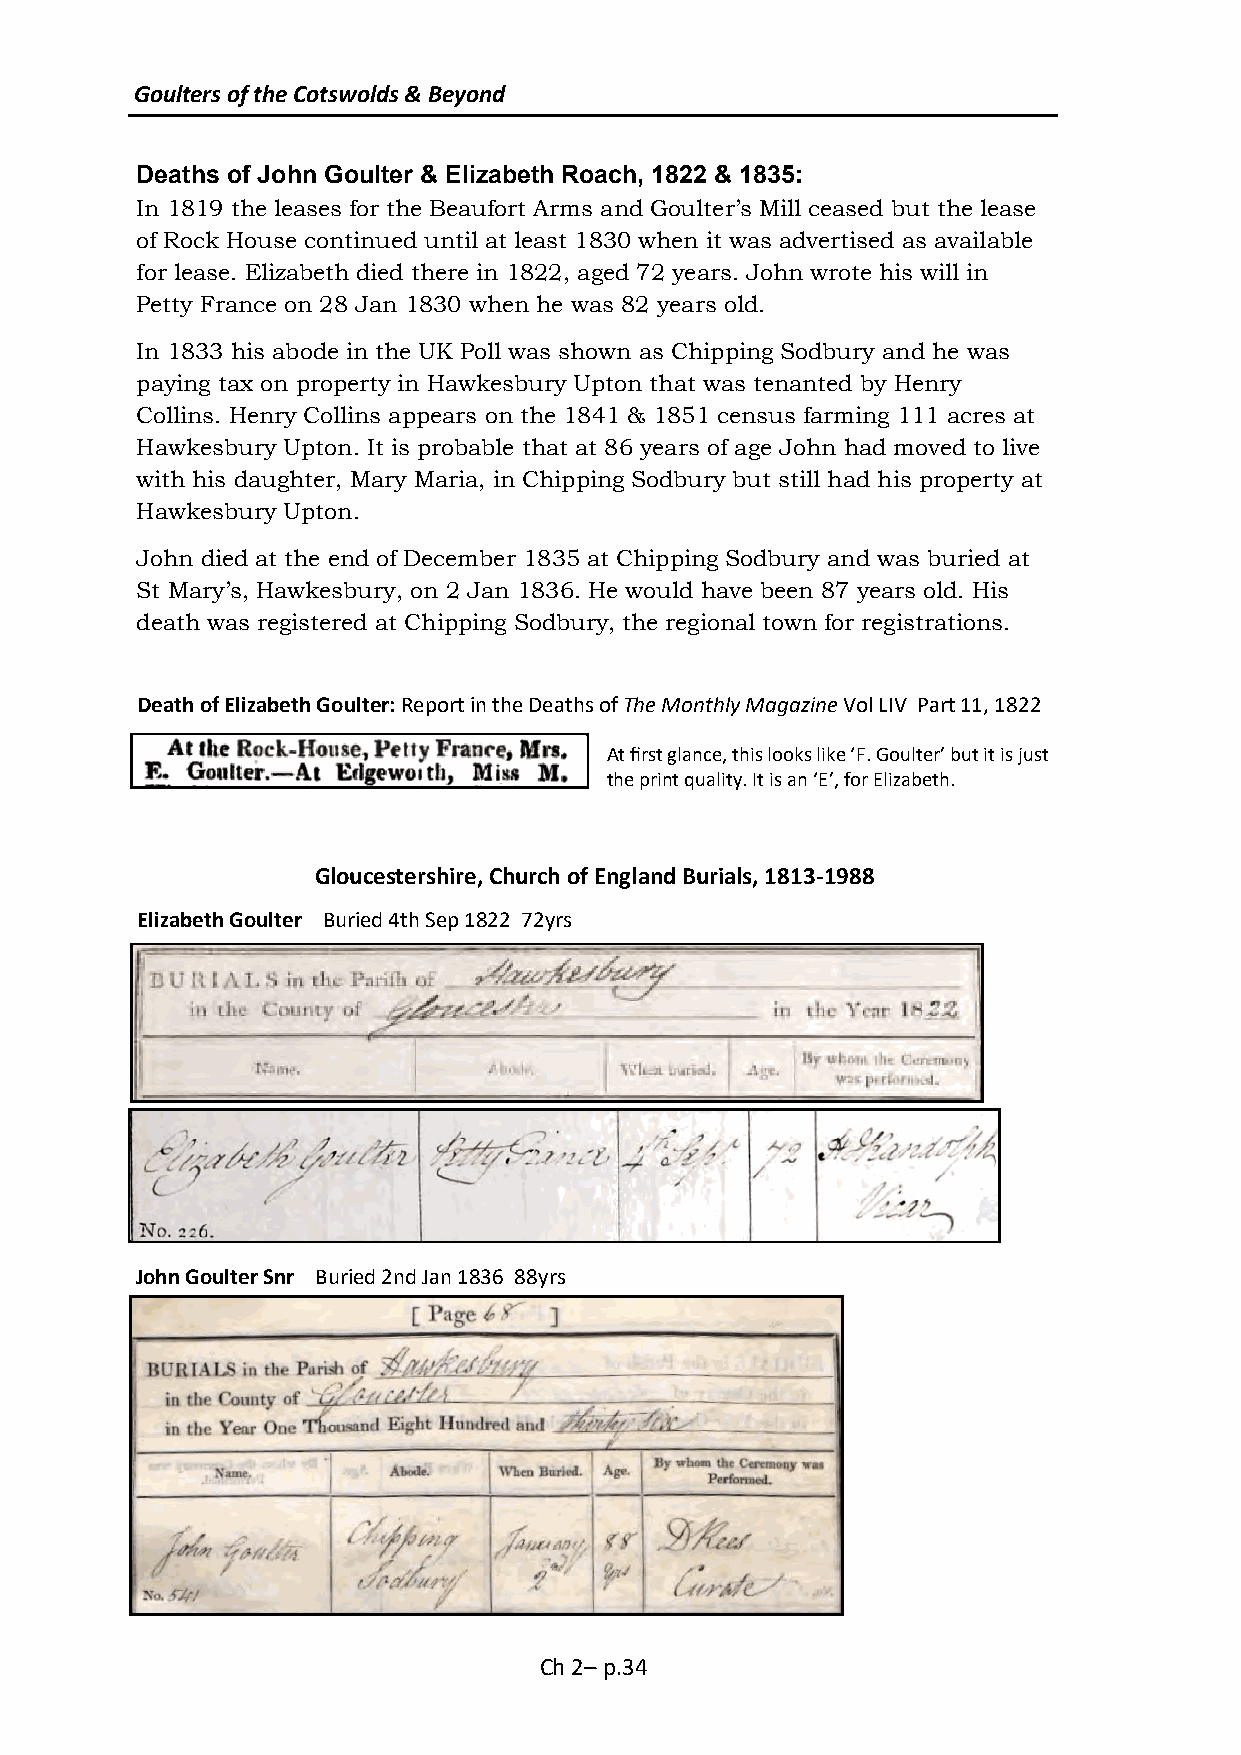
Goulters of the Cotswolds & Beyond
 Deaths of John Goulter & Elizabeth Roach, 1822 & 1835:
 In 1819 the leases for the Beaufort Arms and Goulter’s Mill ceased but the lease
 of Rock House continued until at least 1830 when it was advertised as available
 for lease. Elizabeth died there in 1822, aged 72 years. John wrote his will in
 Petty France on 28 Jan 1830 when he was 82 years old.
 In 1833 his abode in the UK Poll was shown as Chipping Sodbury and he was
 paying tax on property in Hawkesbury Upton that was tenanted by Henry
 Collins. Henry Collins appears on the 1841 & 1851 census farming 111 acres at
 Hawkesbury Upton. It is probable that at 86 years of age John had moved to live
 with his daughter, Mary Maria, in Chipping Sodbury but still had his property at
 Hawkesbury Upton.
 John died at the end of December 1835 at Chipping Sodbury and was buried at
 St Mary’s, Hawkesbury, on 2 Jan 1836. He would have been 87 years old. His
 death was registered at Chipping Sodbury, the regional town for registrations.
 Death of Elizabeth Goulter: Report in the Deaths of The Monthly Magazine Vol LIV Part 11, 1822
 At first glance, this looks like ‘F. Goulter’ but it is just
 the print quality. It is an ‘E’, for Elizabeth.
 Gloucestershire, Church of England Burials, 1813-1988
 Elizabeth Goulter Buried 4th Sep 1822 72yrs
 John Goulter Snr Buried 2nd Jan 1836 88yrs
 Ch 2– p.34